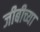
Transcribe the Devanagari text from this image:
जीबीच्या